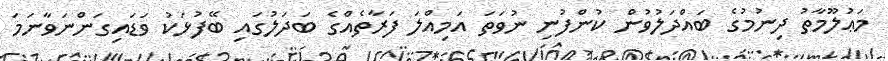
މަޢުލޫމާތު ދިނުމުގެ ބައްދަލުވުން ކުންފުނި ނުވަތަ އަމިއްލަ ފަރާތެއްގެ ބަދަލުގައި ބޭފުޅަކު ވަޑައިގަންނަވާނަމަ